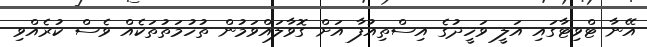
އޭނާ ޓްވިޓާގައި އަލީ ވަހީދުގެ އިސްތިއުފާ އަށް ގޮވާލައްވަމުން ތުހުމަތުތަކެއް ވެސް ކުރެއްވި